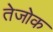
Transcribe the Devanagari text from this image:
तेजोक